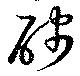
醆